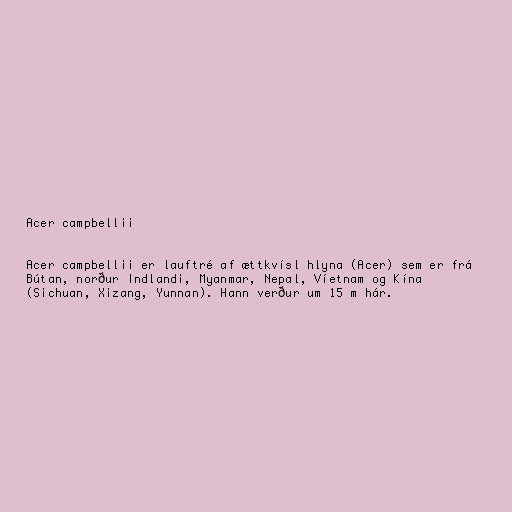
Acer campbellii

Acer campbellii er lauftré af ættkvísl hlyna (Acer) sem er frá
Bútan, norður Indlandi, Myanmar, Nepal, Víetnam og Kína
(Sichuan, Xizang, Yunnan). Hann verður um 15 m hár.